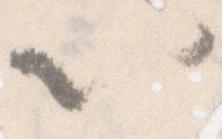
以